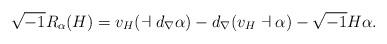
LaTeX: \begin{align*}\sqrt{-1}R_{\alpha}(H)=v_{H}(\dashv d_{\nabla}\alpha)-d_{\nabla}(v_{H}\dashv\alpha)-\sqrt{-1}H\alpha.\end{align*}